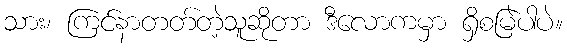
သား၊ ကြင်နာတတ်တဲ့သူဆိုတာ ဒီလောကမှာ ရှိစမြဲပါပဲ။